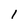
Character: l